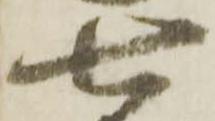
七